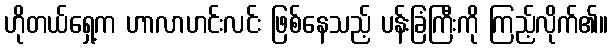
ဟိုတယ်ရှေ့က ဟာလာဟင်းလင်း ဖြစ်နေသည့် ပန်းခြံကြီးကို ကြည့်လိုက်၏။